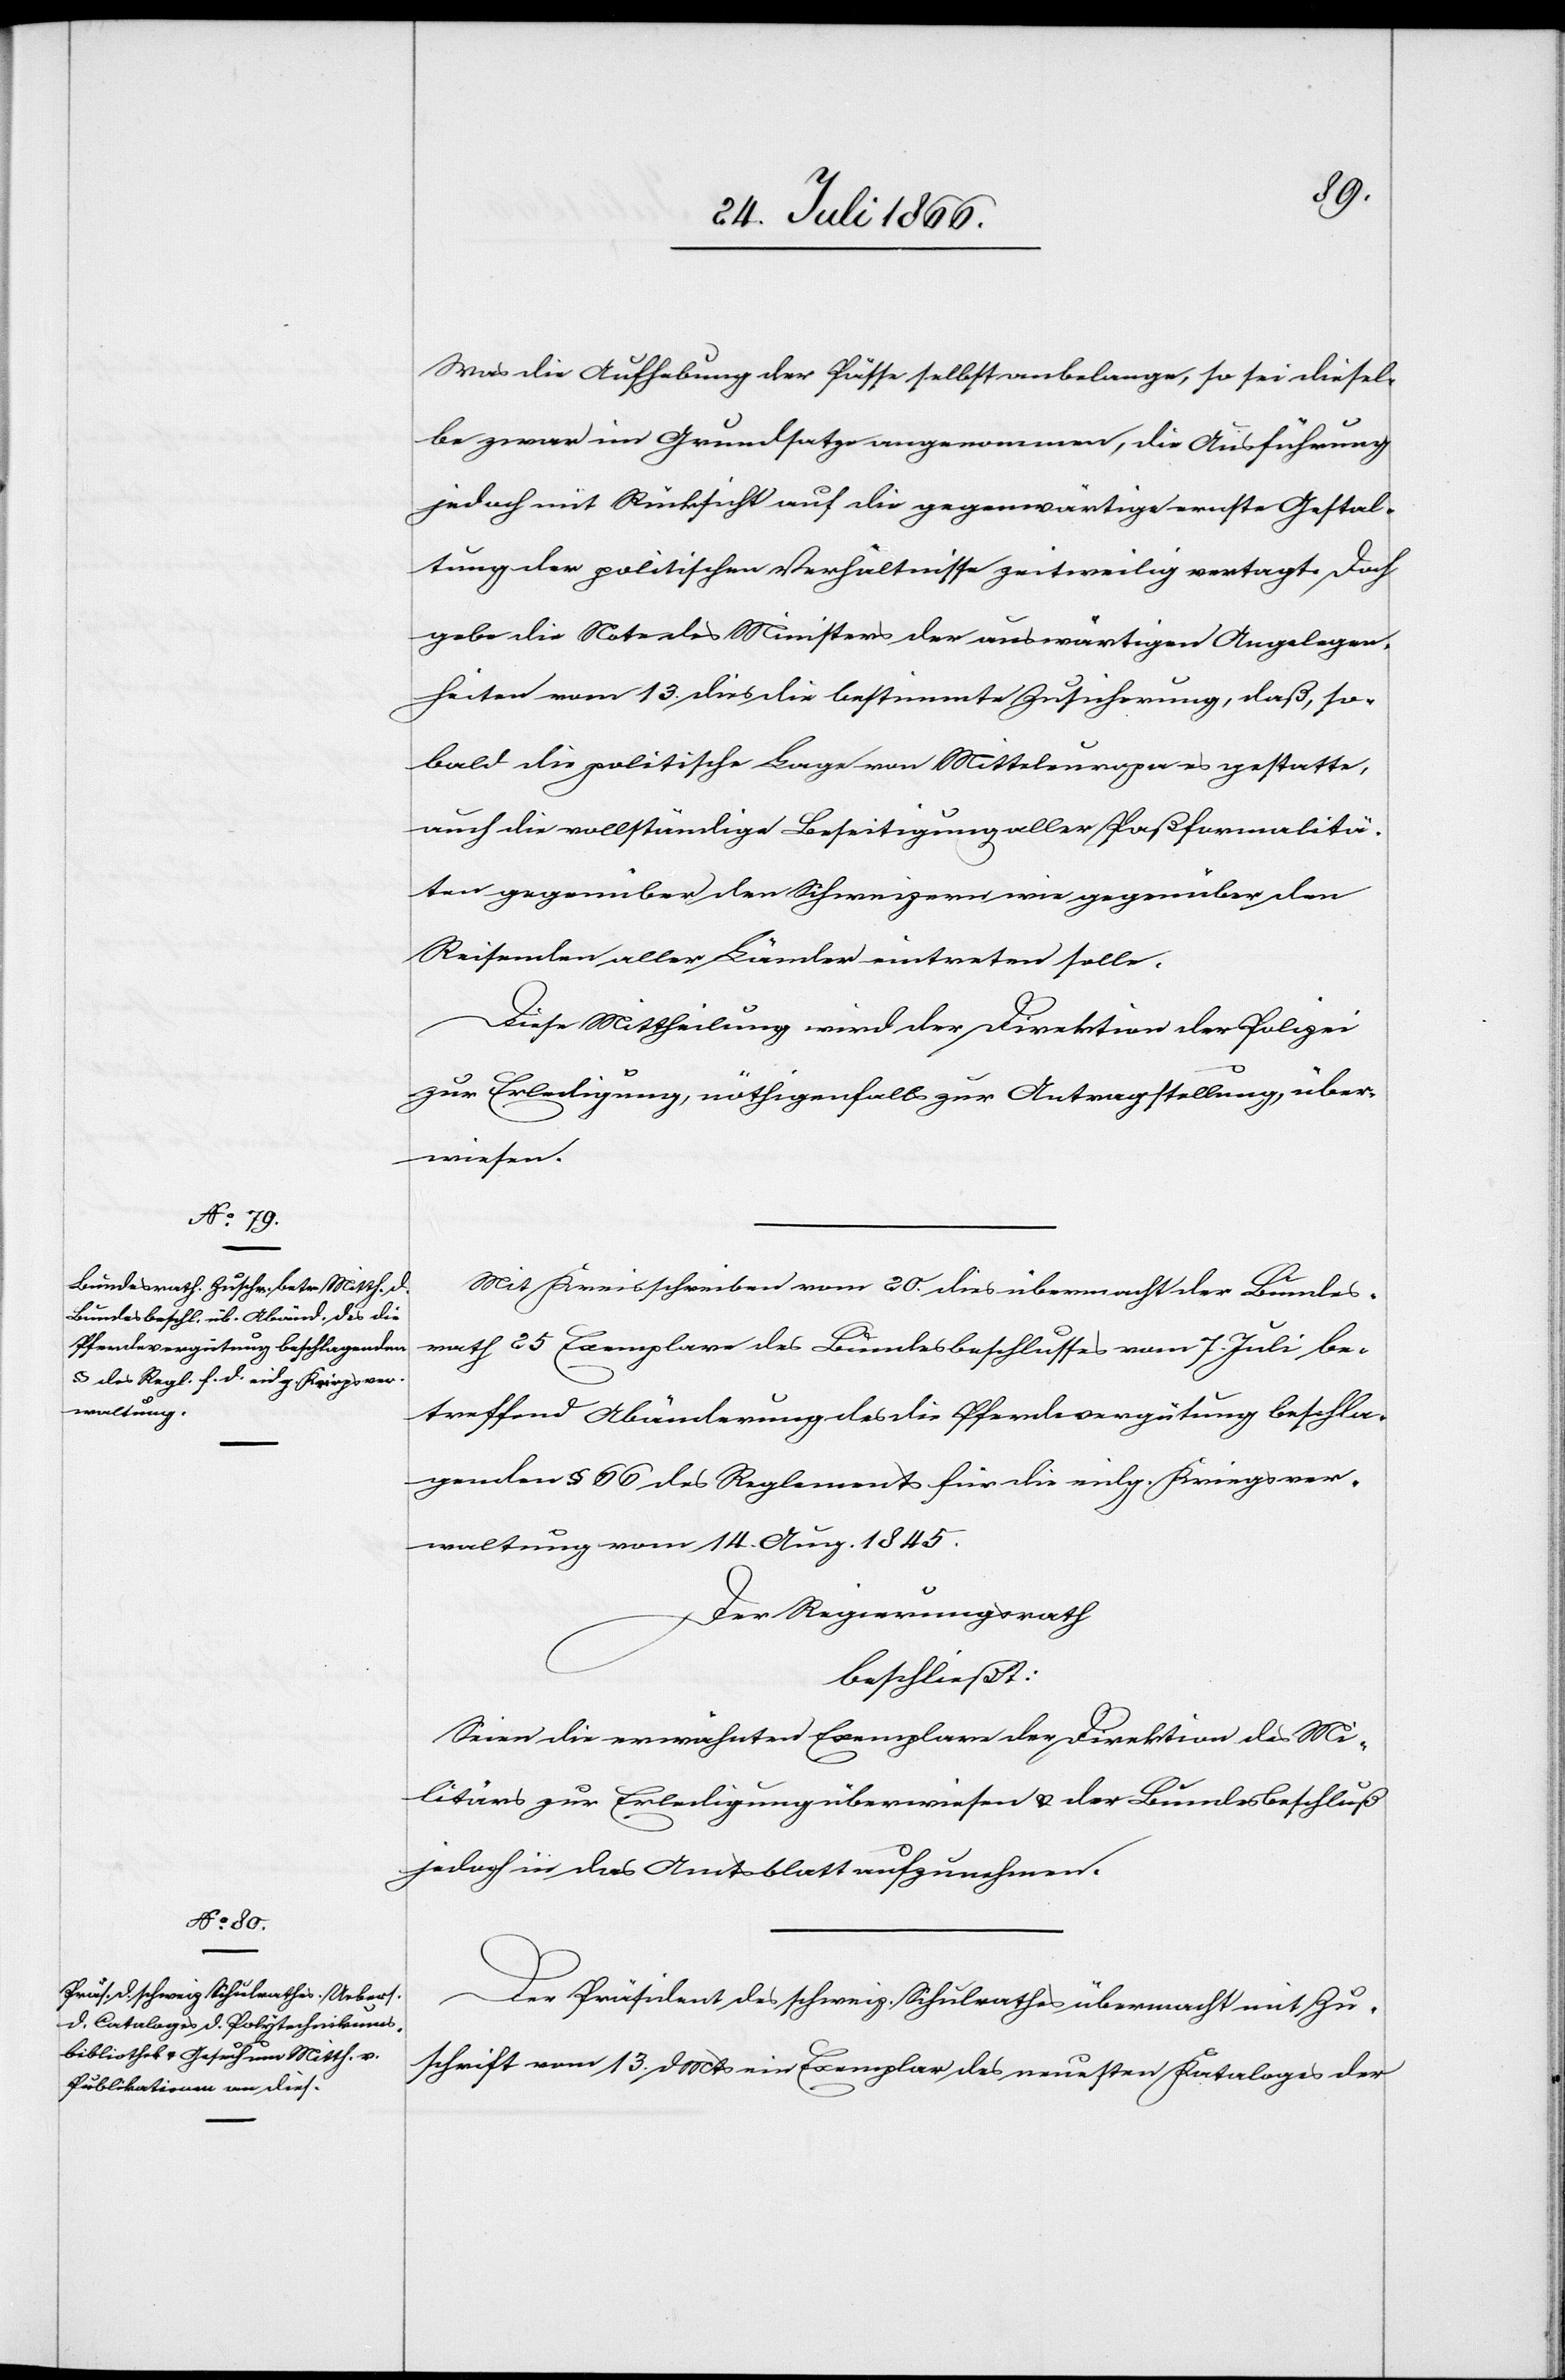
Was die Aufhebung der Pässe selbst anbelange, so sei diesel¬
be zwar im Grundsatze angenommen, die Ausführung
jedoch mit Rücksicht auf die gegenwärtige ernste Gestal¬
tung der politischen Verhältnisse zeitweilig vertagt, Doch
gebe die Note des Ministers der auswärtigen Angelegen¬
heiten vom 13. dies die bestimmte Zusicherung, daß so¬
bald die politische Lage von Mitteleuropa es gestatte,
auch die vollständige Beseitigung aller Paßformalitä¬
ten gegenüber den Schweizern wie gegenüber den
Reisenden aller Länder eintreten solle.
Diese Mittheilung wird der Direktion der Polizei
zur Erledigung, nöthigenfalls zur Antragstellung über¬
wiesen.
Mit Kreisschreiben vom 20. dies übermacht der Bundes¬
rath 25 Exemplare des Bundesbeschlusses vom 7. Juli be¬
treffend Abänderung des die Pferdevergütung beschla¬
genden § 66 des Reglements für die eidg. Kreisver¬
waltung vom 14. Aug. 1845.
Der Regierungsrath
beschließt.
Seien die erwähnten Exemplare der Direktion des Mi¬
litärs zur Erledigung überwiesen u. der Bundesbeschluß
jedoch in das Amtsblatt aufzunehmen.
Präsident des schweiz. Schulrathes übermacht mit Zu¬
schrift vom 13. d Mts ein Exemplar des neusten Kataloges der